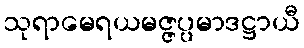
သုရာမေရယမဇ္ဇပ္ပမာဒဋ္ဌာယီ